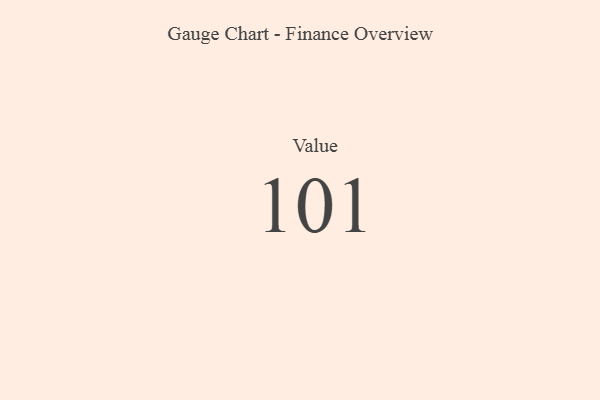
{"axis": {"x": "Metric", "y": "Value"}, "legend": [""], "data": [{"x": "Value", "y": 101, "type": ""}]}